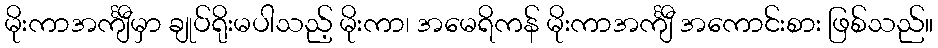
မိုးကာအင်္ကျီမှာ ချုပ်ရိုးမပါသည့် မိုးကာ၊ အမေရိကန် မိုးကာအင်္ကျီ အကောင်းစား ဖြစ်သည်။